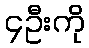
၄ဦးကို